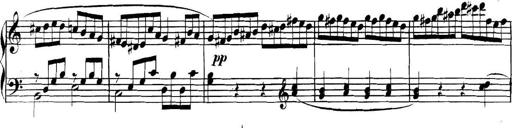
Title: Collected Piano Sonatas
Composer: Muzio Clementi